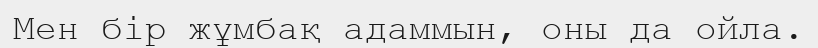
Мен бір жұмбақ адаммын, оны да ойла.